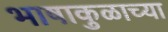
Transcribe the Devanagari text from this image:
भाषाकुळाच्या